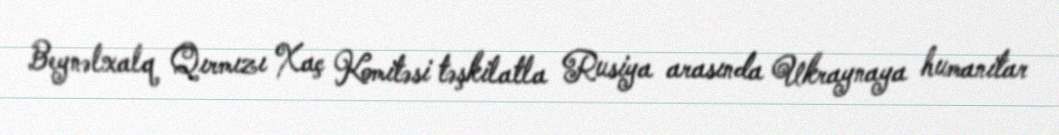
Beynəlxalq Qırmızı Xaç Komitəsi təşkilatla Rusiya arasında Ukraynaya humanitar